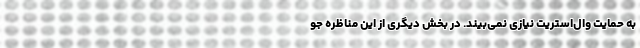
به حمایت وال‌استریت نیازی نمی‌بیند. در بخش دیگری از این مناظره جو